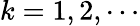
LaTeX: k=1,2,\cdots